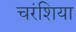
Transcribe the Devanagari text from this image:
चरंशिया